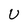
Character: n